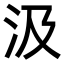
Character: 汲